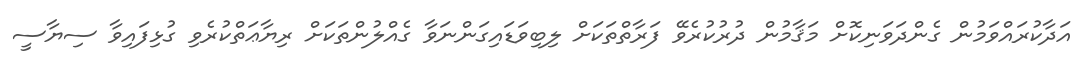
އަދާކުރައްވަމުން ގެންދަވަނިކޮށް މަޤާމުން ދުރުކުރެވޭ ފަރާތްތަކަށް ލިބިވަޑައިގަންނަވާ ގެއްލުންތަކަށް ރިޔާޢަތްކުރެވި ގުޅިފައިވާ ސިޔާސީ